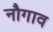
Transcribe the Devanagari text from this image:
नौगाव